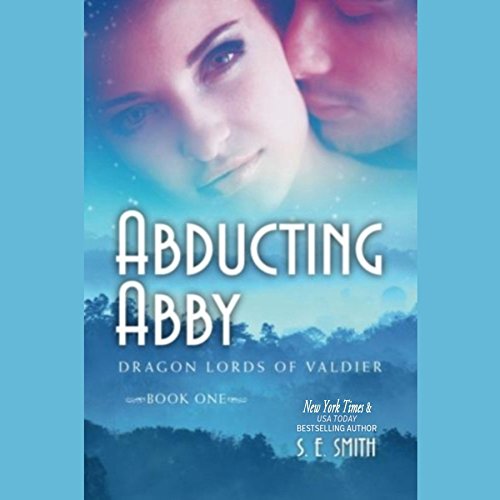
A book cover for Abducting Abby  (Dragon Lords of Valdier Series, Book 1); S. E. Smith; Romance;